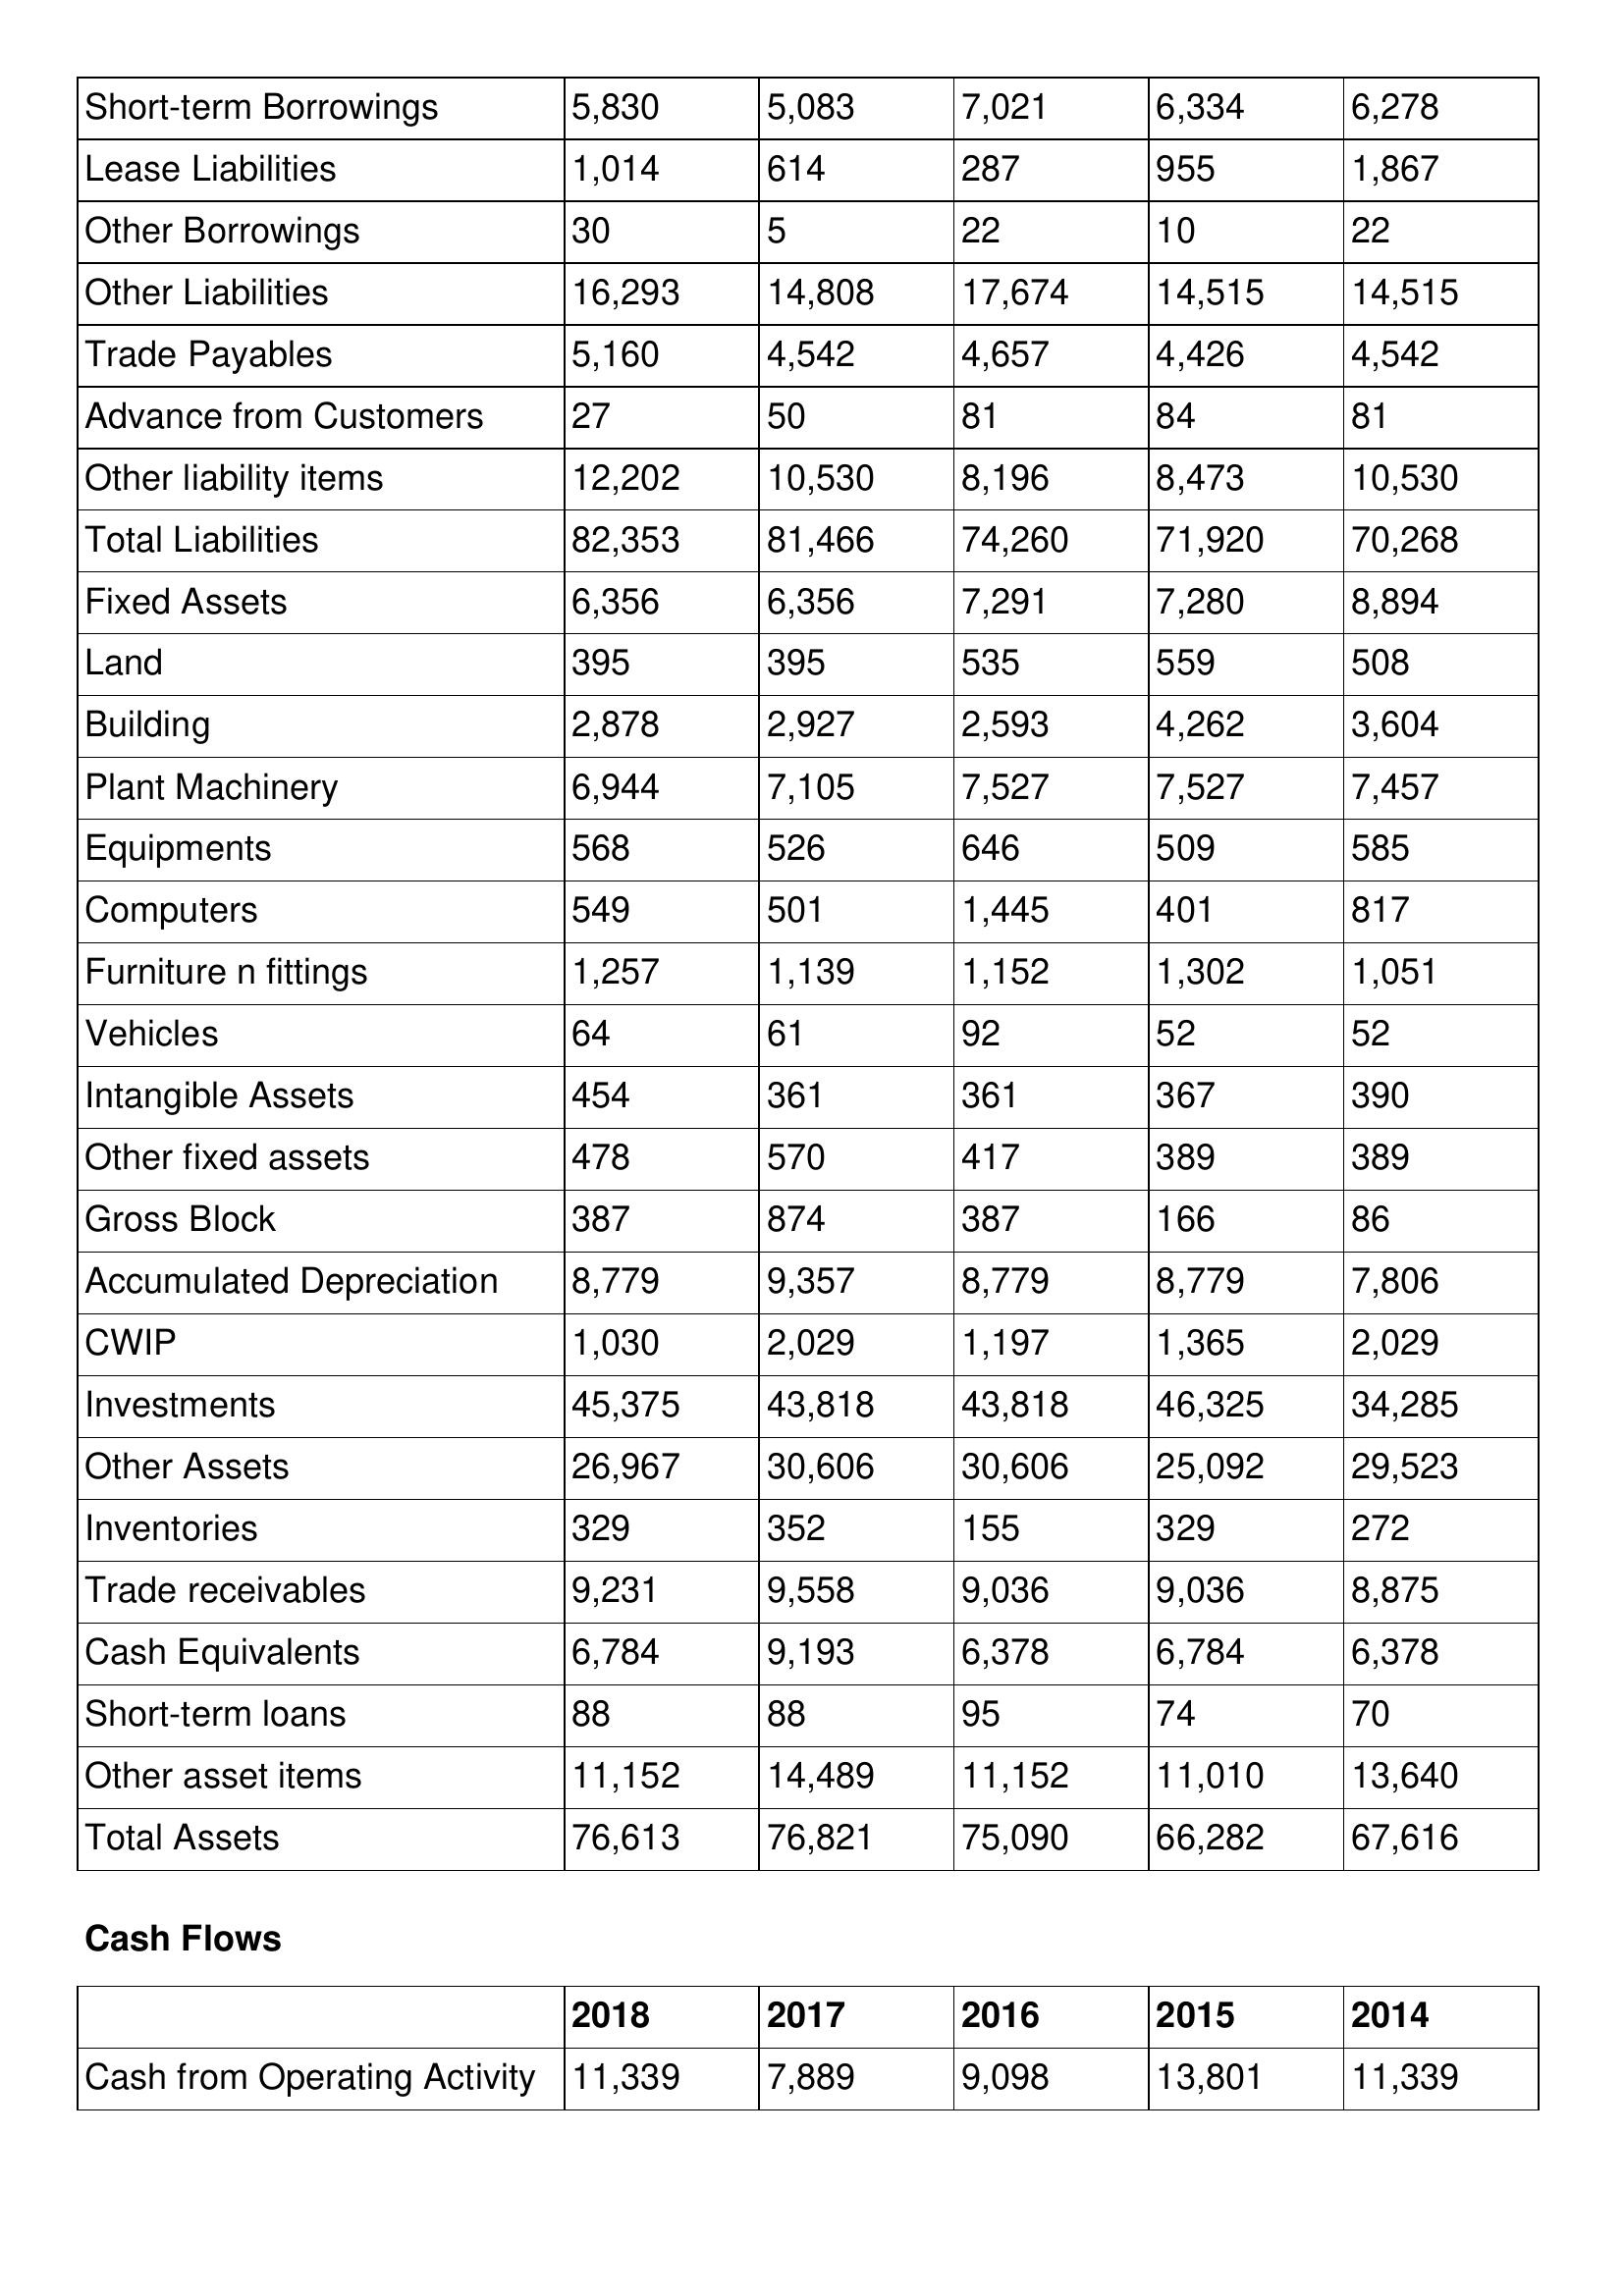
gt_parse: 2018: Balance Sheet: Short-term Borrowings: 5,830
Lease Liabilities: 1,014
Other Borrowings: 30
Other Liabilities: 16,293
Trade Payables: 5,160
Advance from Customers: 27
Other liability items: 12,202
Total Liabilities: 82,353
Fixed Assets: 6,356
Land: 395
Building: 2,878
Plant Machinery: 6,944
Equipments: 568
Computers: 549
Furniture n fittings: 1,257
Vehicles: 64
Intangible Assets: 454
Other fixed assets: 478
Gross Block: 387
Accumulated Depreciation: 8,779
CWIP: 1,030
Investments: 45,375
Other Assets: 26,967
Inventories: 329
Trade receivables: 9,231
Cash Equivalents: 6,784
Short-term loans: 88
Other asset items: 11,152
Total Assets: 76,613
Cash Flows: Cash from Operating Activity: 11,339
2017: Balance Sheet: Short-term Borrowings: 5,083
Lease Liabilities: 614
Other Borrowings: 5
Other Liabilities: 14,808
Trade Payables: 4,542
Advance from Customers: 50
Other liability items: 10,530
Total Liabilities: 81,466
Fixed Assets: 6,356
Land: 395
Building: 2,927
Plant Machinery: 7,105
Equipments: 526
Computers: 501
Furniture n fittings: 1,139
Vehicles: 61
Intangible Assets: 361
Other fixed assets: 570
Gross Block: 874
Accumulated Depreciation: 9,357
CWIP: 2,029
Investments: 43,818
Other Assets: 30,606
Inventories: 352
Trade receivables: 9,558
Cash Equivalents: 9,193
Short-term loans: 88
Other asset items: 14,489
Total Assets: 76,821
Cash Flows: Cash from Operating Activity: 7,889
2016: Balance Sheet: Short-term Borrowings: 7,021
Lease Liabilities: 287
Other Borrowings: 22
Other Liabilities: 17,674
Trade Payables: 4,657
Advance from Customers: 81
Other liability items: 8,196
Total Liabilities: 74,260
Fixed Assets: 7,291
Land: 535
Building: 2,593
Plant Machinery: 7,527
Equipments: 646
Computers: 1,445
Furniture n fittings: 1,152
Vehicles: 92
Intangible Assets: 361
Other fixed assets: 417
Gross Block: 387
Accumulated Depreciation: 8,779
CWIP: 1,197
Investments: 43,818
Other Assets: 30,606
Inventories: 155
Trade receivables: 9,036
Cash Equivalents: 6,378
Short-term loans: 95
Other asset items: 11,152
Total Assets: 75,090
Cash Flows: Cash from Operating Activity: 9,098
2015: Balance Sheet: Short-term Borrowings: 6,334
Lease Liabilities: 955
Other Borrowings: 10
Other Liabilities: 14,515
Trade Payables: 4,426
Advance from Customers: 84
Other liability items: 8,473
Total Liabilities: 71,920
Fixed Assets: 7,280
Land: 559
Building: 4,262
Plant Machinery: 7,527
Equipments: 509
Computers: 401
Furniture n fittings: 1,302
Vehicles: 52
Intangible Assets: 367
Other fixed assets: 389
Gross Block: 166
Accumulated Depreciation: 8,779
CWIP: 1,365
Investments: 46,325
Other Assets: 25,092
Inventories: 329
Trade receivables: 9,036
Cash Equivalents: 6,784
Short-term loans: 74
Other asset items: 11,010
Total Assets: 66,282
Cash Flows: Cash from Operating Activity: 13,801
2014: Balance Sheet: Short-term Borrowings: 6,278
Lease Liabilities: 1,867
Other Borrowings: 22
Other Liabilities: 14,515
Trade Payables: 4,542
Advance from Customers: 81
Other liability items: 10,530
Total Liabilities: 70,268
Fixed Assets: 8,894
Land: 508
Building: 3,604
Plant Machinery: 7,457
Equipments: 585
Computers: 817
Furniture n fittings: 1,051
Vehicles: 52
Intangible Assets: 390
Other fixed assets: 389
Gross Block: 86
Accumulated Depreciation: 7,806
CWIP: 2,029
Investments: 34,285
Other Assets: 29,523
Inventories: 272
Trade receivables: 8,875
Cash Equivalents: 6,378
Short-term loans: 70
Other asset items: 13,640
Total Assets: 67,616
Cash Flows: Cash from Operating Activity: 11,339